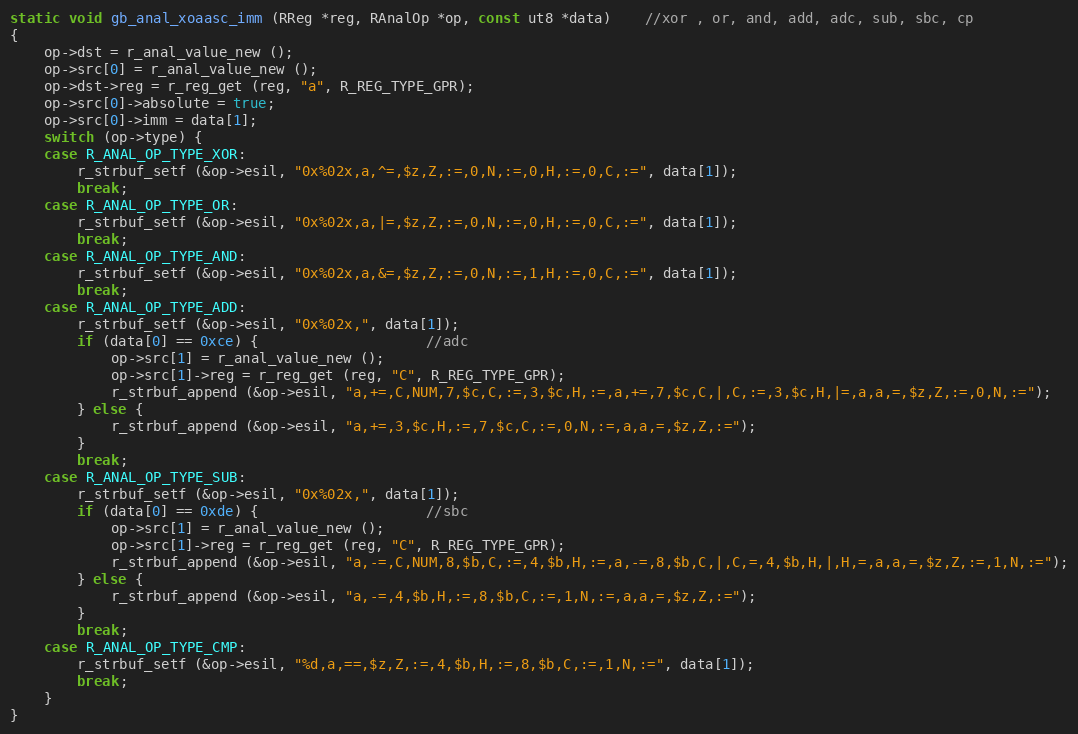
Language: C
static void gb_anal_xoaasc_imm (RReg *reg, RAnalOp *op, const ut8 *data)	//xor , or, and, add, adc, sub, sbc, cp
{
	op->dst = r_anal_value_new ();
	op->src[0] = r_anal_value_new ();
	op->dst->reg = r_reg_get (reg, "a", R_REG_TYPE_GPR);
	op->src[0]->absolute = true;
	op->src[0]->imm = data[1];
	switch (op->type) {
	case R_ANAL_OP_TYPE_XOR:
		r_strbuf_setf (&op->esil, "0x%02x,a,^=,$z,Z,:=,0,N,:=,0,H,:=,0,C,:=", data[1]);
		break;
	case R_ANAL_OP_TYPE_OR:
		r_strbuf_setf (&op->esil, "0x%02x,a,|=,$z,Z,:=,0,N,:=,0,H,:=,0,C,:=", data[1]);
		break;
	case R_ANAL_OP_TYPE_AND:
		r_strbuf_setf (&op->esil, "0x%02x,a,&=,$z,Z,:=,0,N,:=,1,H,:=,0,C,:=", data[1]);
		break;
	case R_ANAL_OP_TYPE_ADD:
		r_strbuf_setf (&op->esil, "0x%02x,", data[1]);
		if (data[0] == 0xce) {					//adc
			op->src[1] = r_anal_value_new ();
			op->src[1]->reg = r_reg_get (reg, "C", R_REG_TYPE_GPR);
			r_strbuf_append (&op->esil, "a,+=,C,NUM,7,$c,C,:=,3,$c,H,:=,a,+=,7,$c,C,|,C,:=,3,$c,H,|=,a,a,=,$z,Z,:=,0,N,:=");
		} else {
			r_strbuf_append (&op->esil, "a,+=,3,$c,H,:=,7,$c,C,:=,0,N,:=,a,a,=,$z,Z,:=");
		}
		break;
	case R_ANAL_OP_TYPE_SUB:
		r_strbuf_setf (&op->esil, "0x%02x,", data[1]);
		if (data[0] == 0xde) {					//sbc
			op->src[1] = r_anal_value_new ();
			op->src[1]->reg = r_reg_get (reg, "C", R_REG_TYPE_GPR);
			r_strbuf_append (&op->esil, "a,-=,C,NUM,8,$b,C,:=,4,$b,H,:=,a,-=,8,$b,C,|,C,=,4,$b,H,|,H,=,a,a,=,$z,Z,:=,1,N,:=");
		} else {
			r_strbuf_append (&op->esil, "a,-=,4,$b,H,:=,8,$b,C,:=,1,N,:=,a,a,=,$z,Z,:=");
		}
		break;
	case R_ANAL_OP_TYPE_CMP:
		r_strbuf_setf (&op->esil, "%d,a,==,$z,Z,:=,4,$b,H,:=,8,$b,C,:=,1,N,:=", data[1]);
		break;
	}
}